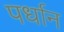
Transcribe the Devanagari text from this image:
पर्धान